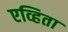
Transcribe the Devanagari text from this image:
एव्हिता